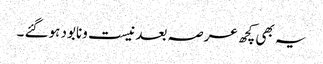
یہ بھی کچھ عرصہ بعد نیست ونابود ہوگئے ۔